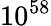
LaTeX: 10^{58}